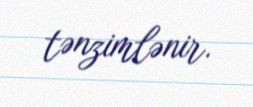
tənzimlənir.